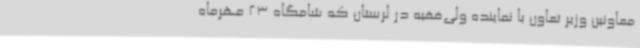
معاونین وزیر تعاون با نماینده ولی‌فقیه در لرستان که شامگاه 23 مهرماه